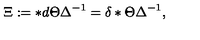
\Xi : = * d \Theta \Delta ^ { - 1 } = \delta * \Theta \Delta ^ { - 1 } ,